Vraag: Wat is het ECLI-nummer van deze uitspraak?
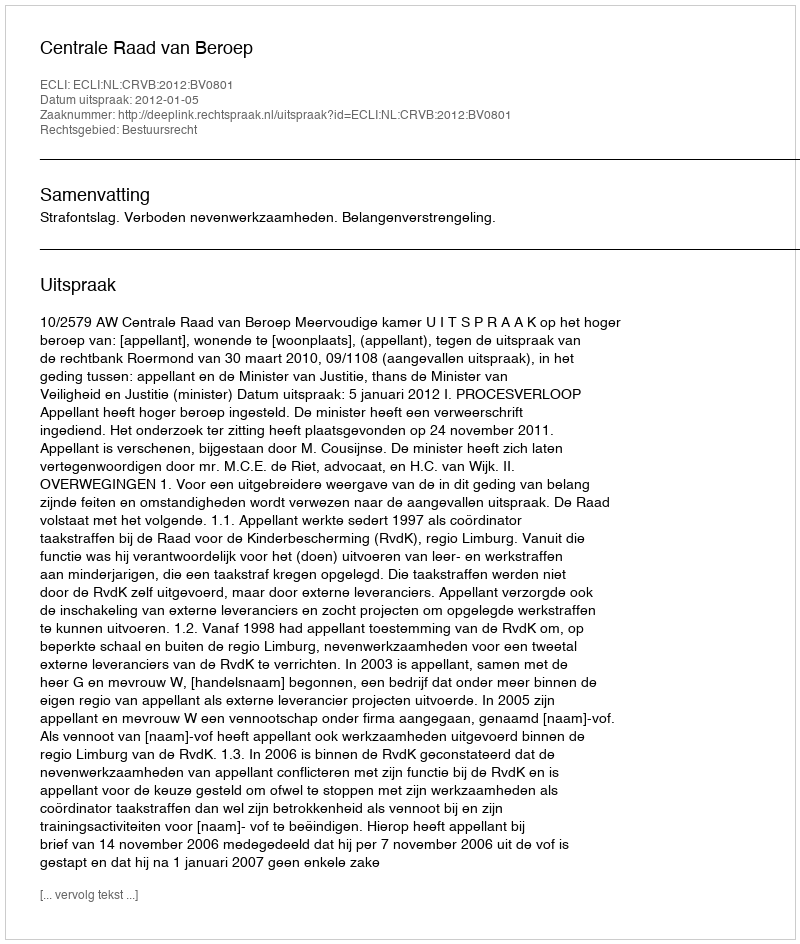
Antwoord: ECLI:NL:CRVB:2012:BV0801